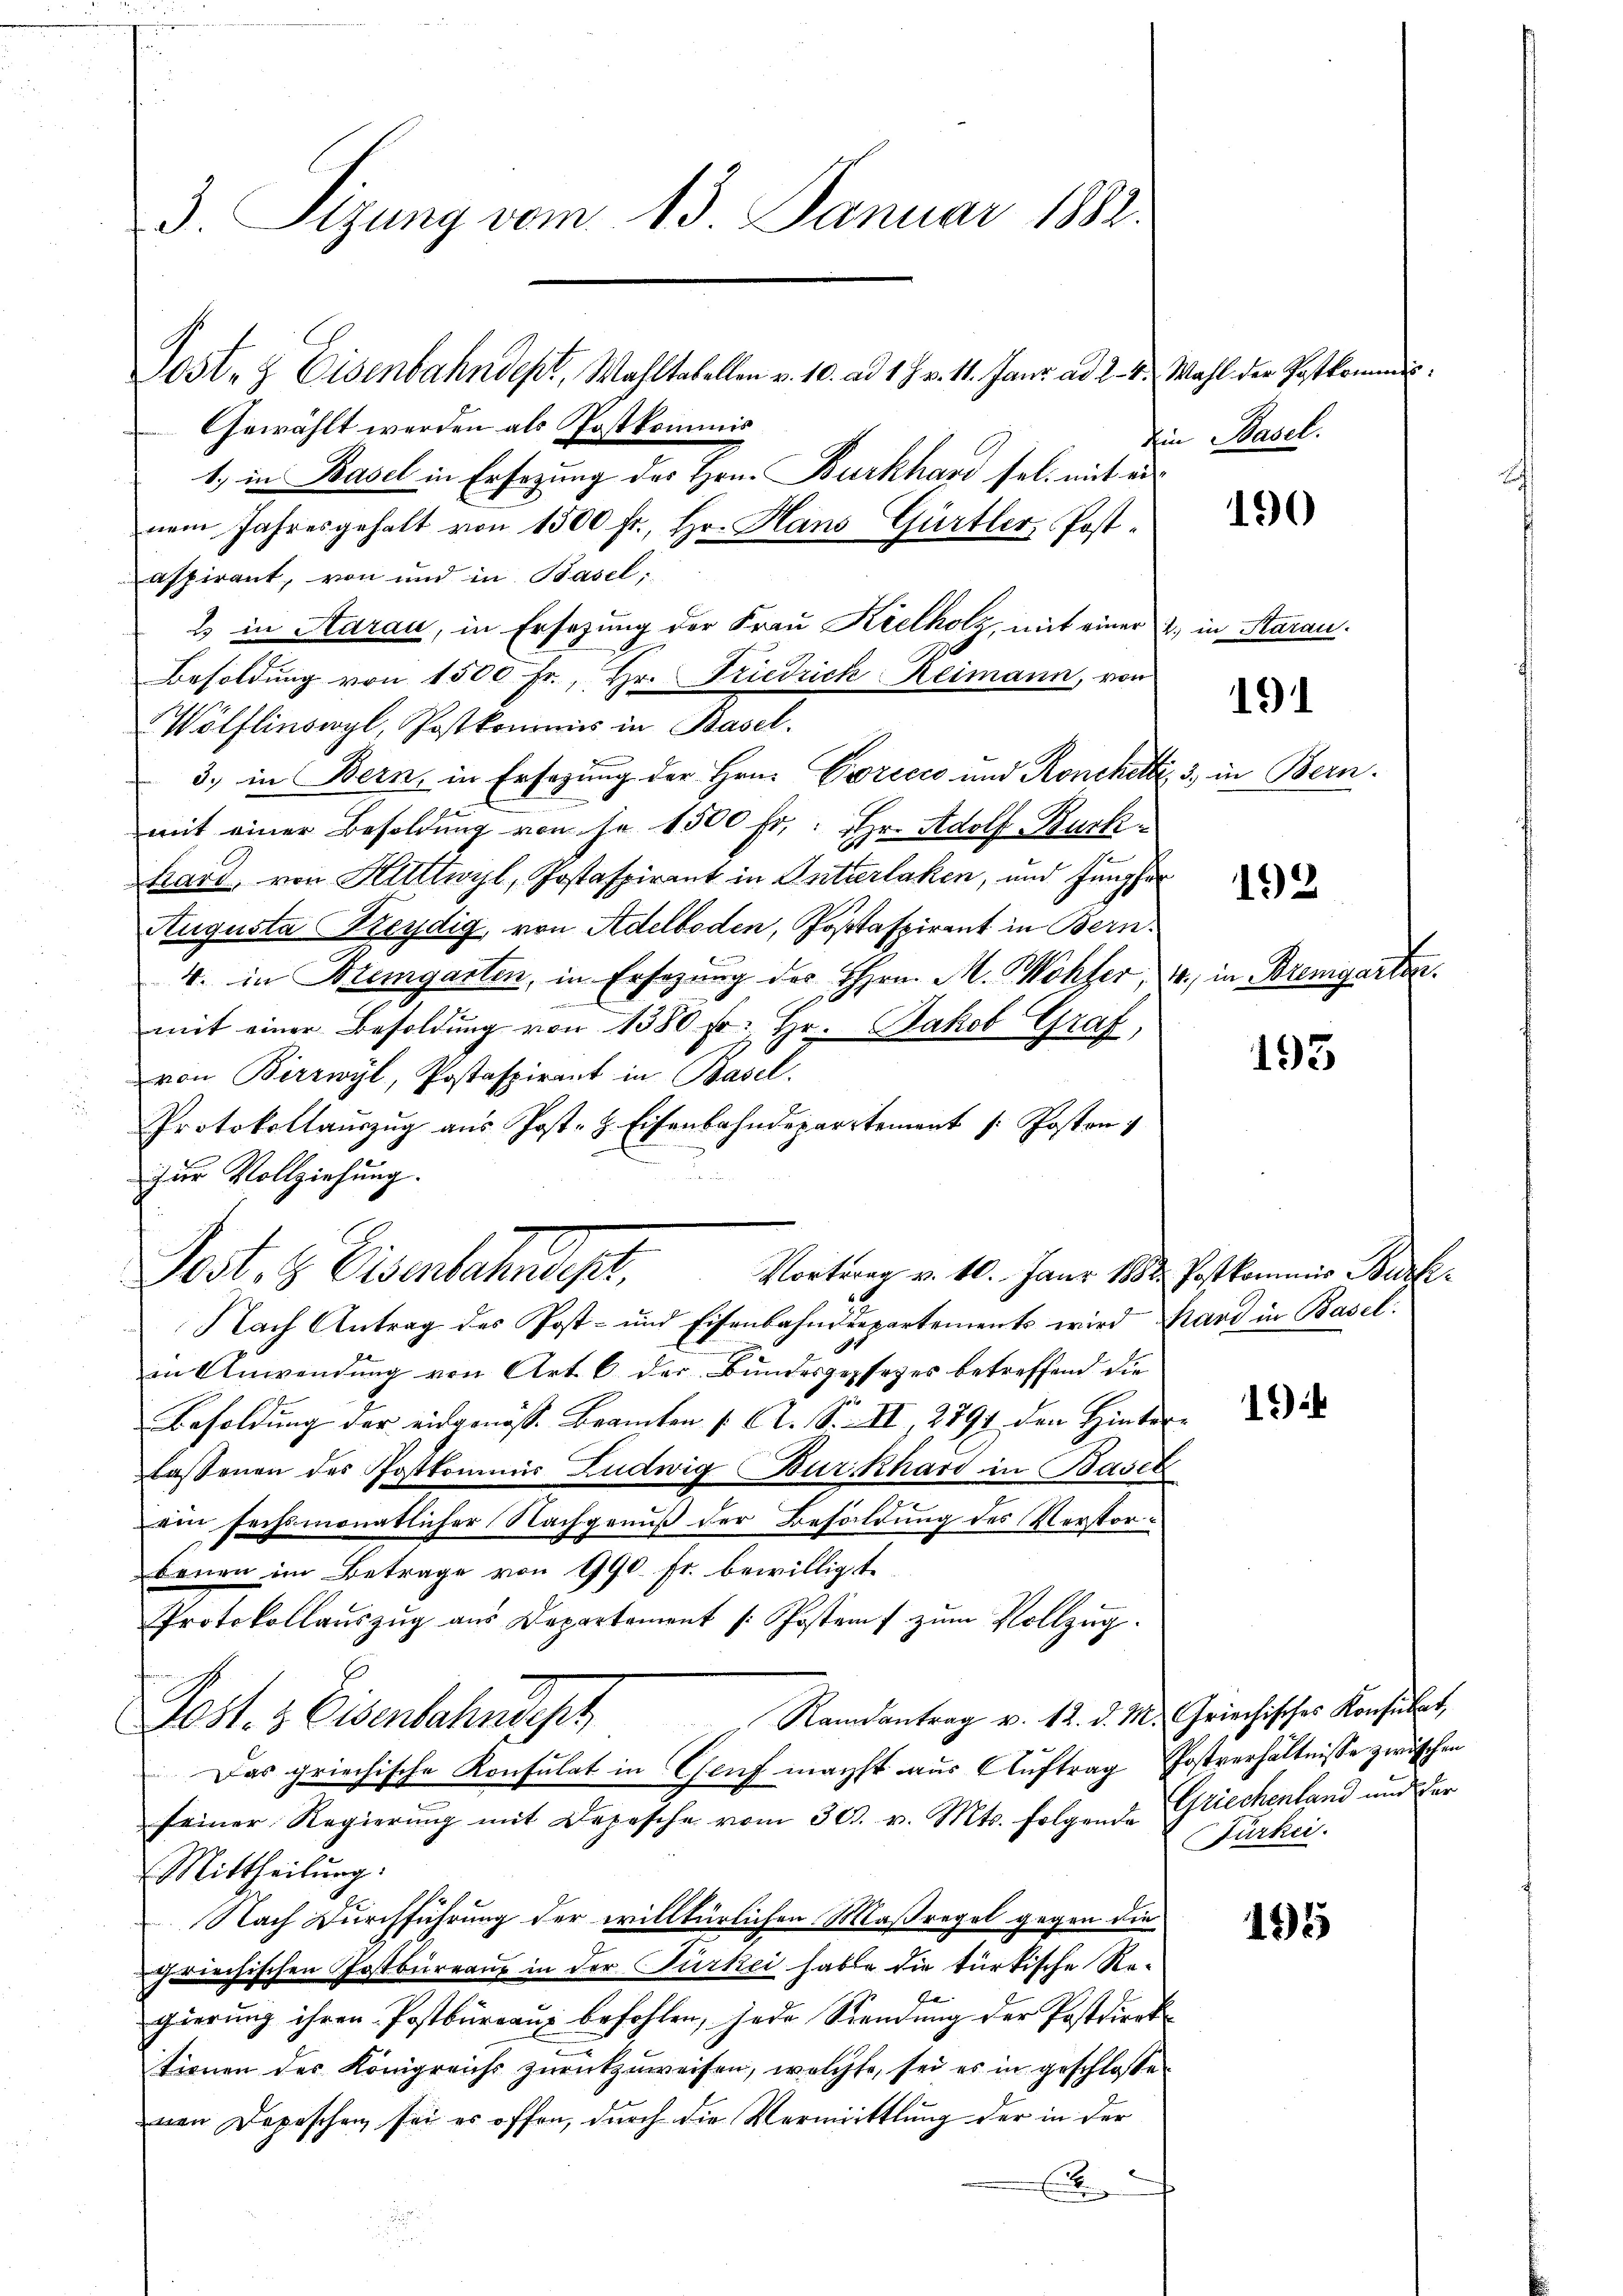
3. Sizung vom 15. Januar 1891.

Post- & Eisenbahndept, Wahltabellen v. 10. ad 1. J. v. 11. Janr ad 2. 4. Wahl der Postkomme.
Gewählt werden als Postkommis
1.) in Basel in Ersezung des Hrn. Burkhard sel. mit ein
nem Jahresgehalt von 1500 fr., Hr. Hans Gürtler, Postaspirant, von und in Basel;
E in Aarau, in Ersezung der Frau Kielholz, mit einer 2. in Starau
Besoldung von 1500 Fr., Hr. Friedrich Reimann, von
Wölflinswyl, Postkommis in Basel.
 3. in Bern, in Ersezung der Hrn. Voricco und Ronchetti, 3. in Bern.
g
mit einer Besoldung von je 1500 fr.: Hr. Adolf Burk
hard, von Klettwyl, Jostaspirant in Interlaken, und Jungfer
Augusta (Reydig von Adelboden, Postaspirant in Bern
4. in Kremgarten, in Ersezung des Hrn. M. Wohler

mit einer Besoldŭng von 1380 Fr. Hr. Jakob Graf,
von Birrwyl, Postaspirant in Basel.
Protokollaŭszŭg aŭs Post. H. Eisenbahndepartement /: Posten
zur Vollziehung.
Nach Antrag des Post- und Eisenbahndepartements wird Band in Basel
in Anwendung von Art. 6 der Bundesgesezes betreffend die
Besoldung der eidgenöss. Branten (Ct. S. II, 2791 den Hinter-
lassenen des Postkommnis Ludwig Burkhard in Basel
ein sechsmonatlicher Nachgenuß der Besoldung des Verstorbenen im Betrage von 990. fr. bewilligte
Protokollaŭszŭg aŭs Departement /: Postenf zŭm Vollzŭg.
Ramantrag v. 12. d. M. Griechisches Konsulat,
Post. 3 Eisenbahndet
Das griechische Konsulat in Genf machst aus Auftrag Postverhältnisse zwischen
seiner Regierŭng mit Depesche vom 30. v. Mts. folgende Griechenland und der
Mittheilung:
Nach Durchführung der willtürlichen Maßregel gegen die
griechischen Postbureaux in der Türkei habe die türkische Re-
8
gierung ihren Postbüreau befohlen, jede Sendung der Postdirek
tionen des Königreichs zurückzuweisen, welche, sei es in geschlosse
nen Depeschen sei es offen, durch die Vermittlung der in der
E

Pest. 8 Eisenbahndept.
Vortrag v. 10. Janr 1882. Postkommis Burck¬

Ein Basel.

190

191

192

4. in Bremgarten.

193

19)

Fürkei.

195